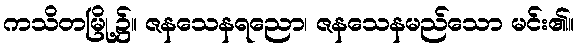
ကသိတမြို့၌။ ဇနသေနရညော၊ ဇနသေနမည်သော မင်း၏။